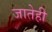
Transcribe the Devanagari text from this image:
जातेही